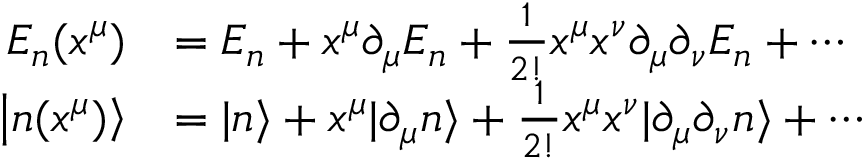
{ \begin{array} { r l } { E _ { n } ( x ^ { \mu } ) } & { = E _ { n } + x ^ { \mu } \partial _ { \mu } E _ { n } + { \frac { 1 } { 2 ! } } x ^ { \mu } x ^ { \nu } \partial _ { \mu } \partial _ { \nu } E _ { n } + \cdots } \\ { \left| n ( x ^ { \mu } ) \right\rangle } & { = | n \rangle + x ^ { \mu } | \partial _ { \mu } n \rangle + { \frac { 1 } { 2 ! } } x ^ { \mu } x ^ { \nu } | \partial _ { \mu } \partial _ { \nu } n \rangle + \cdots } \end{array} }